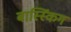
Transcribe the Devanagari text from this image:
बास्स्किंग